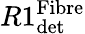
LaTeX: R1_{\textrm{det}}^{\textrm{Fibre}}